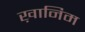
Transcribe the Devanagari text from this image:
ख़ानिम